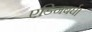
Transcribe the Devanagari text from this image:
एडिनबर्घ।